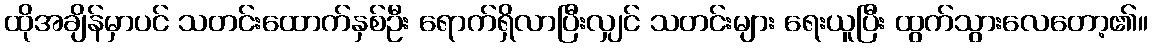
ထိုအချိန်မှာပင် သတင်းထောက်နှစ်ဦး ရောက်ရှိလာပြီးလျှင် သတင်းများ ရေးယူပြီး ထွက်သွားလေတော့၏။